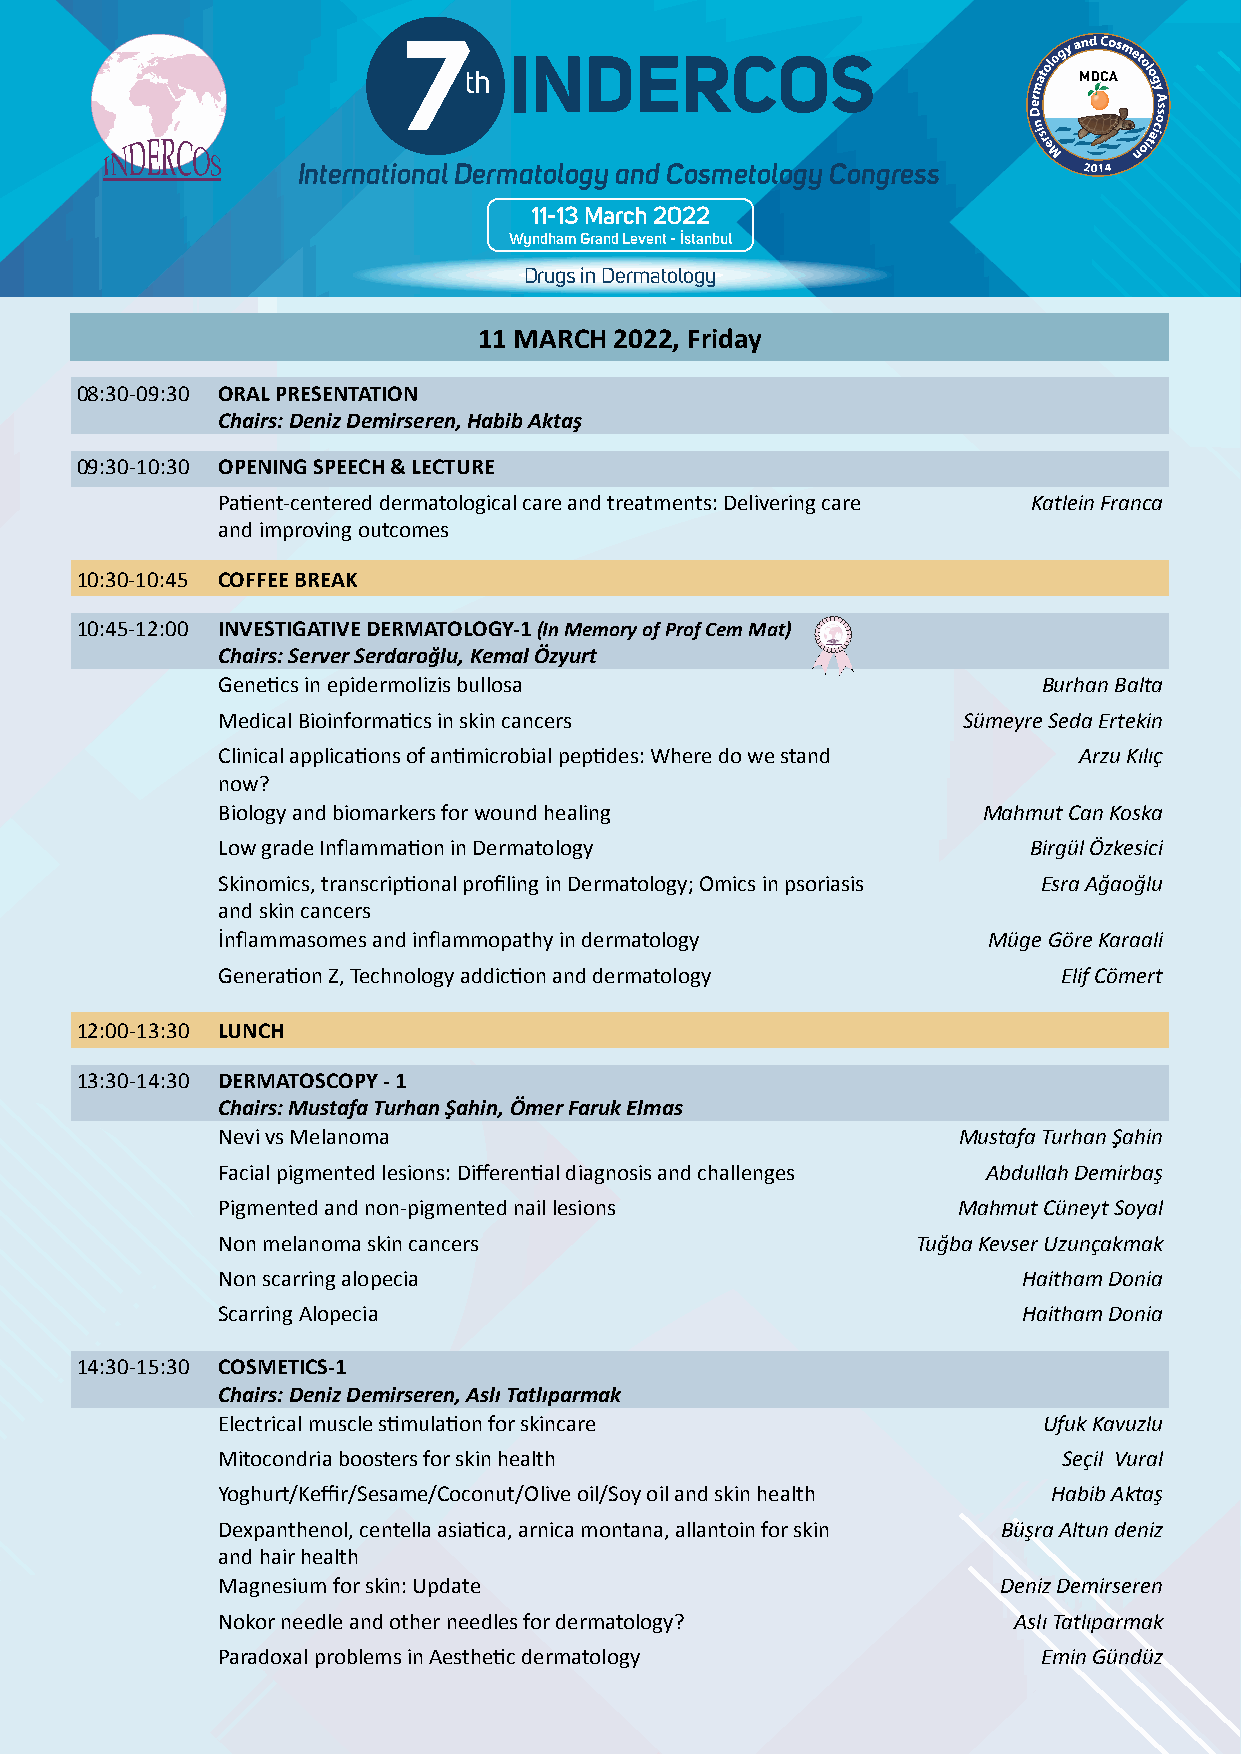
7                                                                                 7
 INDERCOS                                                                          INDERCOS
 th                                                                                th
 International Dermatology and Cosmetology Congress                                International Dermatology and Cosmetology Congress
 11-13 March 2022                                                                  11-13 March 2022
 Wyndham Grand Levent - İstanbul                                                   Wyndham Grand Levent - İstanbul
 Drugs in Dermatology                                                              Drugs in Dermatology
 11 MARCH 2022, Friday
 08:30-09:30 ORAL PRESENTATION
 Chairs: Deniz Demirseren, Habib Aktaş
 09:30-10:30 OPENING SPEECH & LECTURE
 Patient-centered dermatological care and treatments: Delivering care Katlein Franca
 and improving outcomes
 10:30-10:45 COFFEE BREAK
 10:45-12:00 INVESTIGATIVE DERMATOLOGY-1 (In Memory of Prof Cem Mat)
 Chairs: Server Serdaroğlu, Kemal Özyurt
 Genetics in epidermolizis bullosa                      Burhan Balta
 Medical Bioinformatics in skin cancers            Sümeyre Seda Ertekin
 Clinical applications of antimicrobial peptides: Where do we stand Arzu Kılıç
 now?
 Biology and biomarkers for wound healing           Mahmut Can Koska
 Low grade Inflammation in Dermatology                 Birgül Özkesici
 Skinomics, transcriptional profiling in Dermatology; Omics in psoriasis Esra Ağaoğlu
 and skin cancers
 İnflammasomes and inflammopathy in dermatology     Müge Göre Karaali
 Generation Z, Technology addiction and dermatology      Elif Cömert
 12:00-13:30 LUNCH
 13:30-14:30 DERMATOSCOPY - 1
 Chairs: Mustafa Turhan Şahin, Ömer Faruk Elmas
 Nevi vs Melanoma                                 Mustafa Turhan Şahin
 Facial pigmented lesions: Differential diagnosis and challenges Abdullah Demirbaş
 Pigmented and non-pigmented nail lesions         Mahmut Cüneyt Soyal
 Non melanoma skin cancers                      Tuğba Kevser Uzunçakmak
 Non scarring alopecia                                 Haitham Donia
 Scarring Alopecia                                     Haitham Donia
 14:30-15:30 COSMETICS-1
 Chairs: Deniz Demirseren, Aslı Tatlıparmak
 Electrical muscle stimulation for skincare             Ufuk Kavuzlu
 Mitocondria boosters for skin health                    Seçil Vural
 Yoghurt/Keffir/Sesame/Coconut/Olive oil/Soy oil and skin health Habib Aktaş
 Dexpanthenol, centella asiatica, arnica montana, allantoin for skin Büşra Altun deniz
 and hair health
 Magnesium for skin: Update                          Deniz Demirseren
 Nokor needle and other needles for dermatology?      Aslı Tatlıparmak
 Paradoxal problems in Aesthetic dermatology            Emin Gündüz